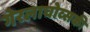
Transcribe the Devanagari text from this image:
गेरलाचोव्सकी